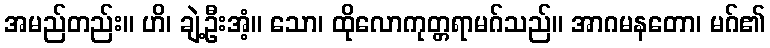
အမည်တည်း။ ဟိ၊ ချဲ့ဦးအံ့။ သော၊ ထိုလောကုတ္တရာမဂ်သည်။ အာဂမနတော၊ မဂ်၏